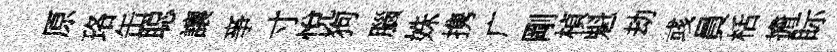
原珞缶聪讓亊寸悅狗腦姝携广剛楨魁劫彧員栝擔眎